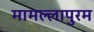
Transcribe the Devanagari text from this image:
मामल्‍लापुरम